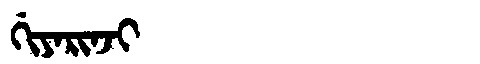
Manchu: ᡤᡳᠶᠠᡵᡳᠨᠵᡳ
Romanization: GIYARINJI